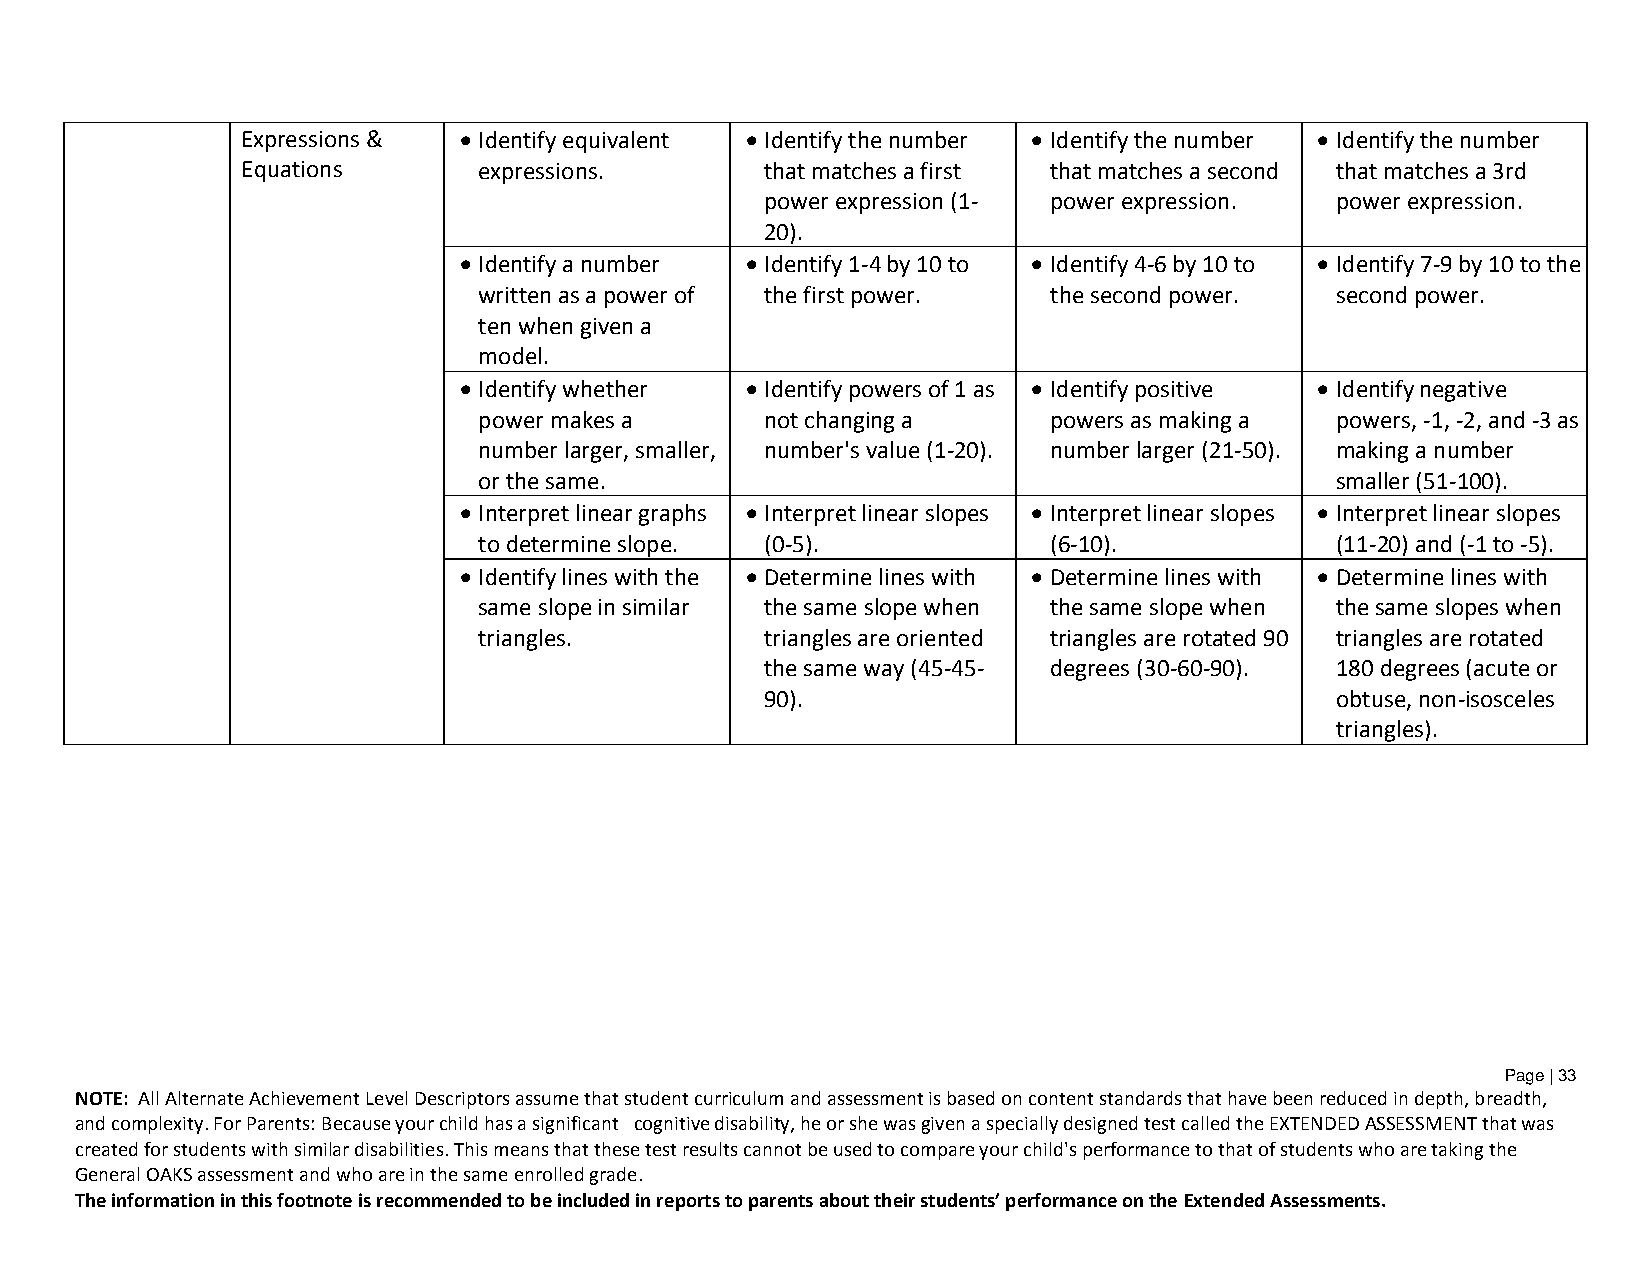
Expressions &  Identify equivalent  Identify the number  Identify the number  Identify the number
 Equations       expressions.       that matches a first that matches a second that matches a 3rd
 power expression (1- power expression. power expression.
 20).
  Identify a number  Identify 1-4 by 10 to  Identify 4-6 by 10 to  Identify 7-9 by 10 to the
 written as a power of the first power. the second power. second power.
 ten when given a
 model.
  Identify whether  Identify powers of 1 as  Identify positive  Identify negative
 power makes a      not changing a    powers as making a powers, -1, -2, and -3 as
 number larger, smaller, number's value (1-20). number larger (21-50). making a number
 or the same.                                            smaller (51-100).
  Interpret linear graphs  Interpret linear slopes  Interpret linear slopes  Interpret linear slopes
 to determine slope. (0-5).           (6-10).            (11-20) and (-1 to -5).
  Identify lines with the  Determine lines with  Determine lines with  Determine lines with
 same slope in similar the same slope when the same slope when the same slopes when
 triangles.         triangles are oriented triangles are rotated 90 triangles are rotated
 the same way (45-45- degrees (30-60-90). 180 degrees (acute or
 90).                                 obtuse, non-isosceles
 triangles).
 Page | 33
 NOTE: All Alternate Achievement Level Descriptors assume that student curriculum and assessment is based on content standards that have been reduced in depth, breadth,
 and complexity. For Parents: Because your child has a significant cognitive disability, he or she was given a specially designed test called the EXTENDED ASSESSMENT that was
 created for students with similar disabilities. This means that these test results cannot be used to compare your child's performance to that of students who are taking the
 General OAKS assessment and who are in the same enrolled grade.
 The information in this footnote is recommended to be included in reports to parents about their students’ performance on the Extended Assessments.